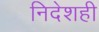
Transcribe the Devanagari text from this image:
निदेशही